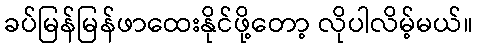
ခပ်မြန်မြန်ဖာထေးနိုင်ဖို့တော့ လိုပါလိမ့်မယ်။